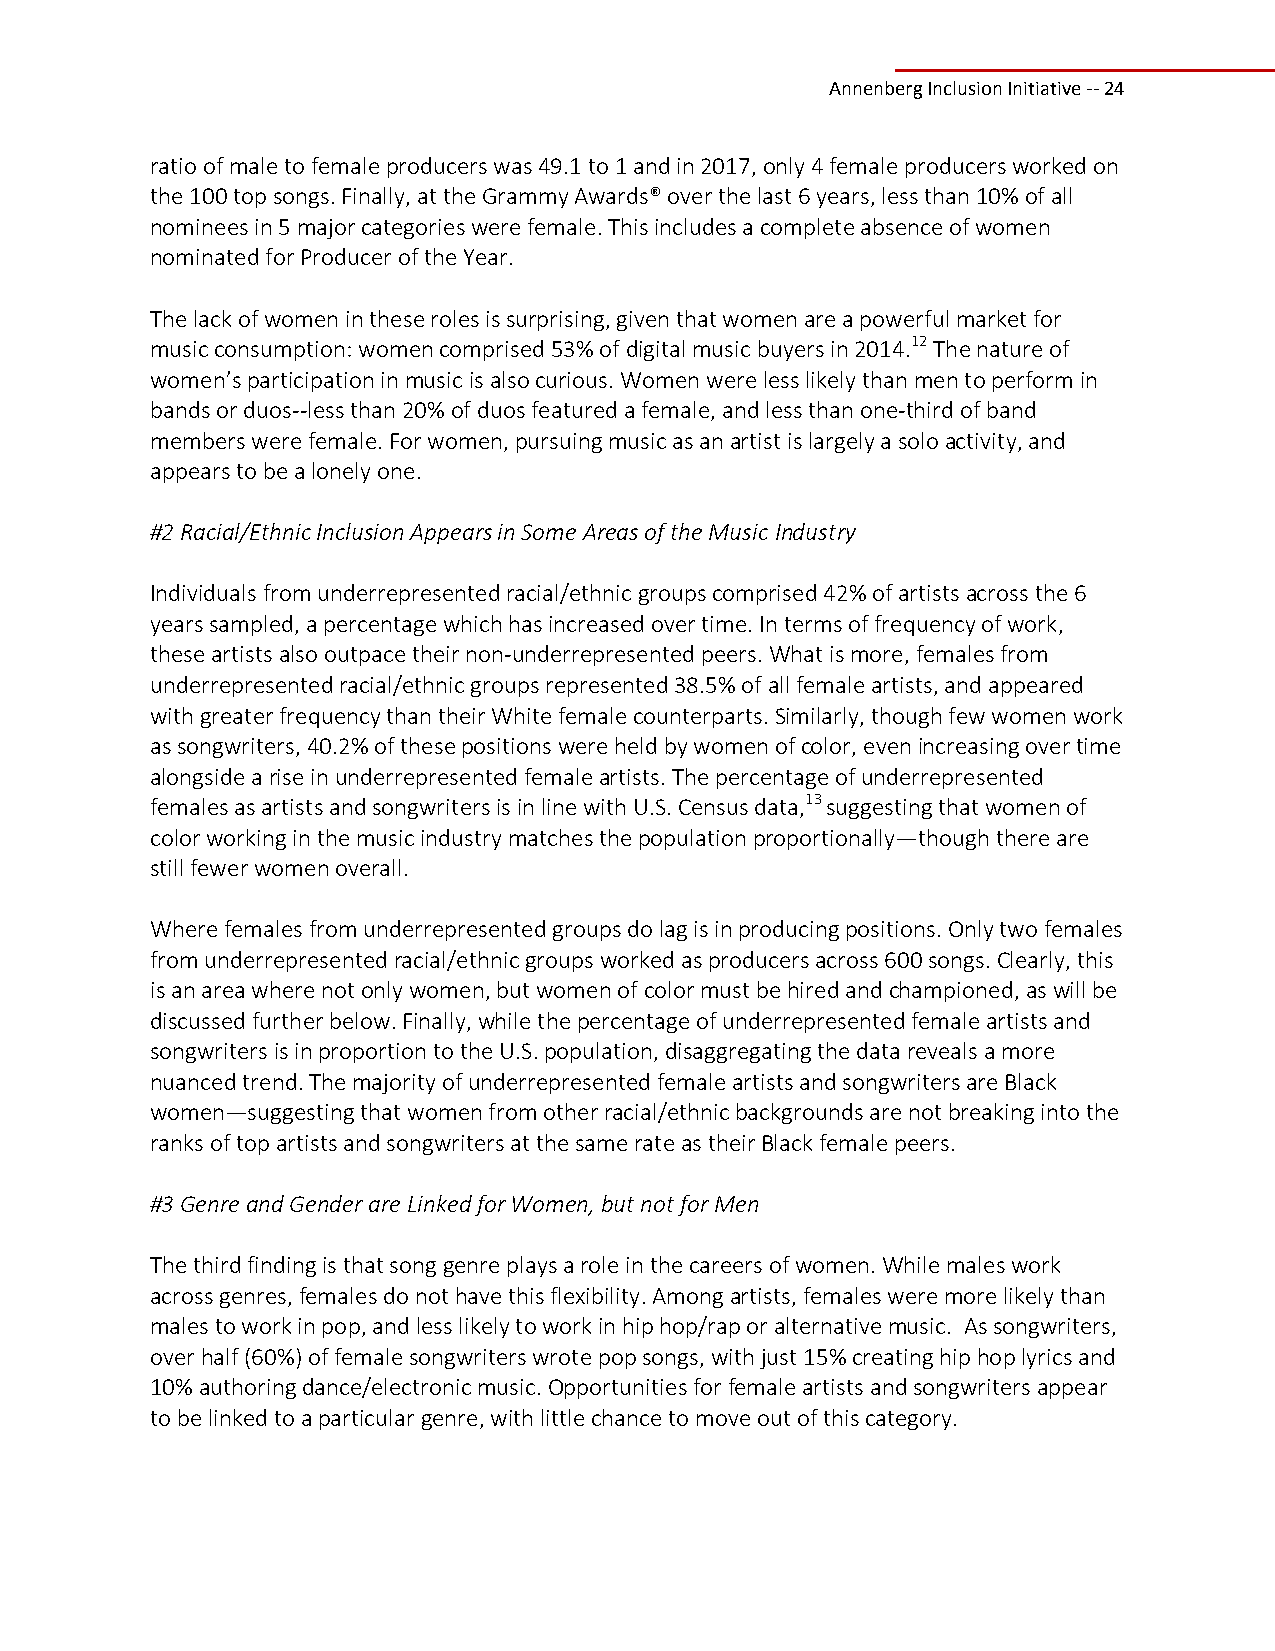
Annenberg Inclusion Initiative ‐‐ 24
 ratio of male to female producers was 49.1 to 1 and in 2017, only 4 female producers worked on
 the 100 top songs. Finally, at the Grammy Awards® over the last 6 years, less than 10% of all
 nominees in 5 major categories were female. This includes a complete absence of women
 nominated for Producer of the Year.
 The lack of women in these roles is surprising, given that women are a powerful market for
 music consumption: women comprised 53% of digital music buyers in 2014.12 The nature of
 women’s participation in music is also curious. Women were less likely than men to perform in
 bands or duos‐‐less than 20% of duos featured a female, and less than one‐third of band
 members were female. For women, pursuing music as an artist is largely a solo activity, and
 appears to be a lonely one.
 #2 Racial/Ethnic Inclusion Appears in Some Areas of the Music Industry
 Individuals from underrepresented racial/ethnic groups comprised 42% of artists across the 6
 years sampled, a percentage which has increased over time. In terms of frequency of work,
 these artists also outpace their non‐underrepresented peers. What is more, females from
 underrepresented racial/ethnic groups represented 38.5% of all female artists, and appeared
 with greater frequency than their White female counterparts. Similarly, though few women work
 as songwriters, 40.2% of these positions were held by women of color, even increasing over time
 alongside a rise in underrepresented female artists. The percentage of underrepresented
 females as artists and songwriters is in line with U.S. Census data,13 suggesting that women of
 color working in the music industry matches the population proportionally—though there are
 still fewer women overall.
 Where females from underrepresented groups do lag is in producing positions. Only two females
 from underrepresented racial/ethnic groups worked as producers across 600 songs. Clearly, this
 is an area where not only women, but women of color must be hired and championed, as will be
 discussed further below. Finally, while the percentage of underrepresented female artists and
 songwriters is in proportion to the U.S. population, disaggregating the data reveals a more
 nuanced trend. The majority of underrepresented female artists and songwriters are Black
 women—suggesting that women from other racial/ethnic backgrounds are not breaking into the
 ranks of top artists and songwriters at the same rate as their Black female peers.
 #3 Genre and Gender are Linked for Women, but not for Men
 The third finding is that song genre plays a role in the careers of women. While males work
 across genres, females do not have this flexibility. Among artists, females were more likely than
 males to work in pop, and less likely to work in hip hop/rap or alternative music. As songwriters,
 over half (60%) of female songwriters wrote pop songs, with just 15% creating hip hop lyrics and
 10% authoring dance/electronic music. Opportunities for female artists and songwriters appear
 to be linked to a particular genre, with little chance to move out of this category.